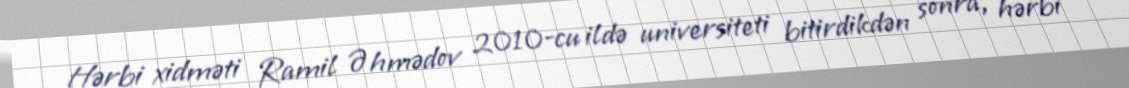
Hərbi xidməti Ramil Əhmədov 2010-cu ildə universiteti bitirdikdən sonra, hərbi